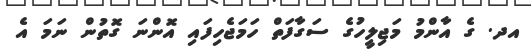
އދ. ގެ އާންމު މަޖިލީހުގެ ސަގާފަތް ހަމަޖެހިފައި އޮންނަ ގޮތުން ނަމަ އެ